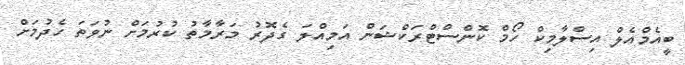
ބީއެމްއެލް އިސްލާމިކް ހޯމް ކޮންސްޓްރަކްޝަން އަމިއްލަ ގެދޮރު މަރާމާތު ކުރުމަށް ނުވަތަ ހެދުމަށް